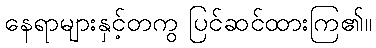
နေရာများနှင့်တကွ ပြင်ဆင်ထားကြ၏။